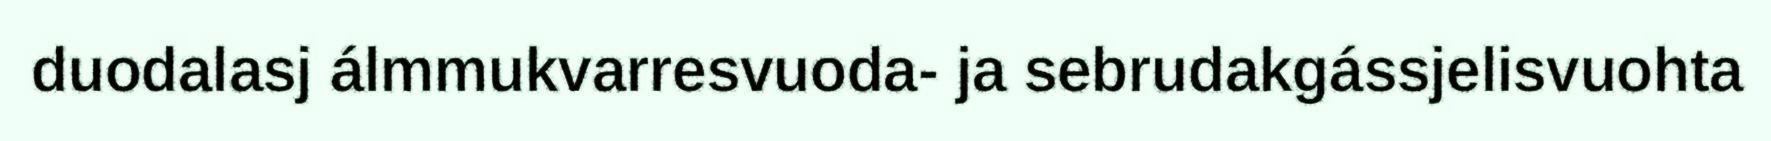
duodalasj álmmukvarresvuoda- ja sebrudakgássjelisvuohta